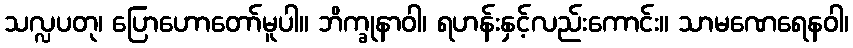
သလ္လပတု၊ ပြောဟောတော်မူပါ။ ဘိက္ခုနာဝါ၊ ရဟန်းနှင့်လည်းကောင်း။ သာမဏေရေနဝါ၊